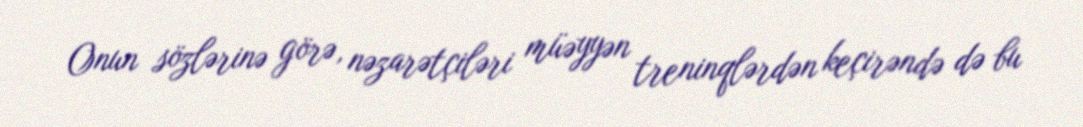
Onun sözlərinə görə, nəzarətçiləri müəyyən treninqlərdən keçirəndə də bu